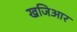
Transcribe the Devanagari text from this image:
खजिआर